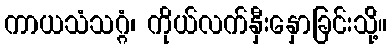
ကာယသံသဂ္ဂံ၊ ကိုယ်လက်နှီးနှောခြင်းသို့်။